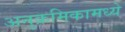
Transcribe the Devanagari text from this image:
अनुक्रमिकामध्ये